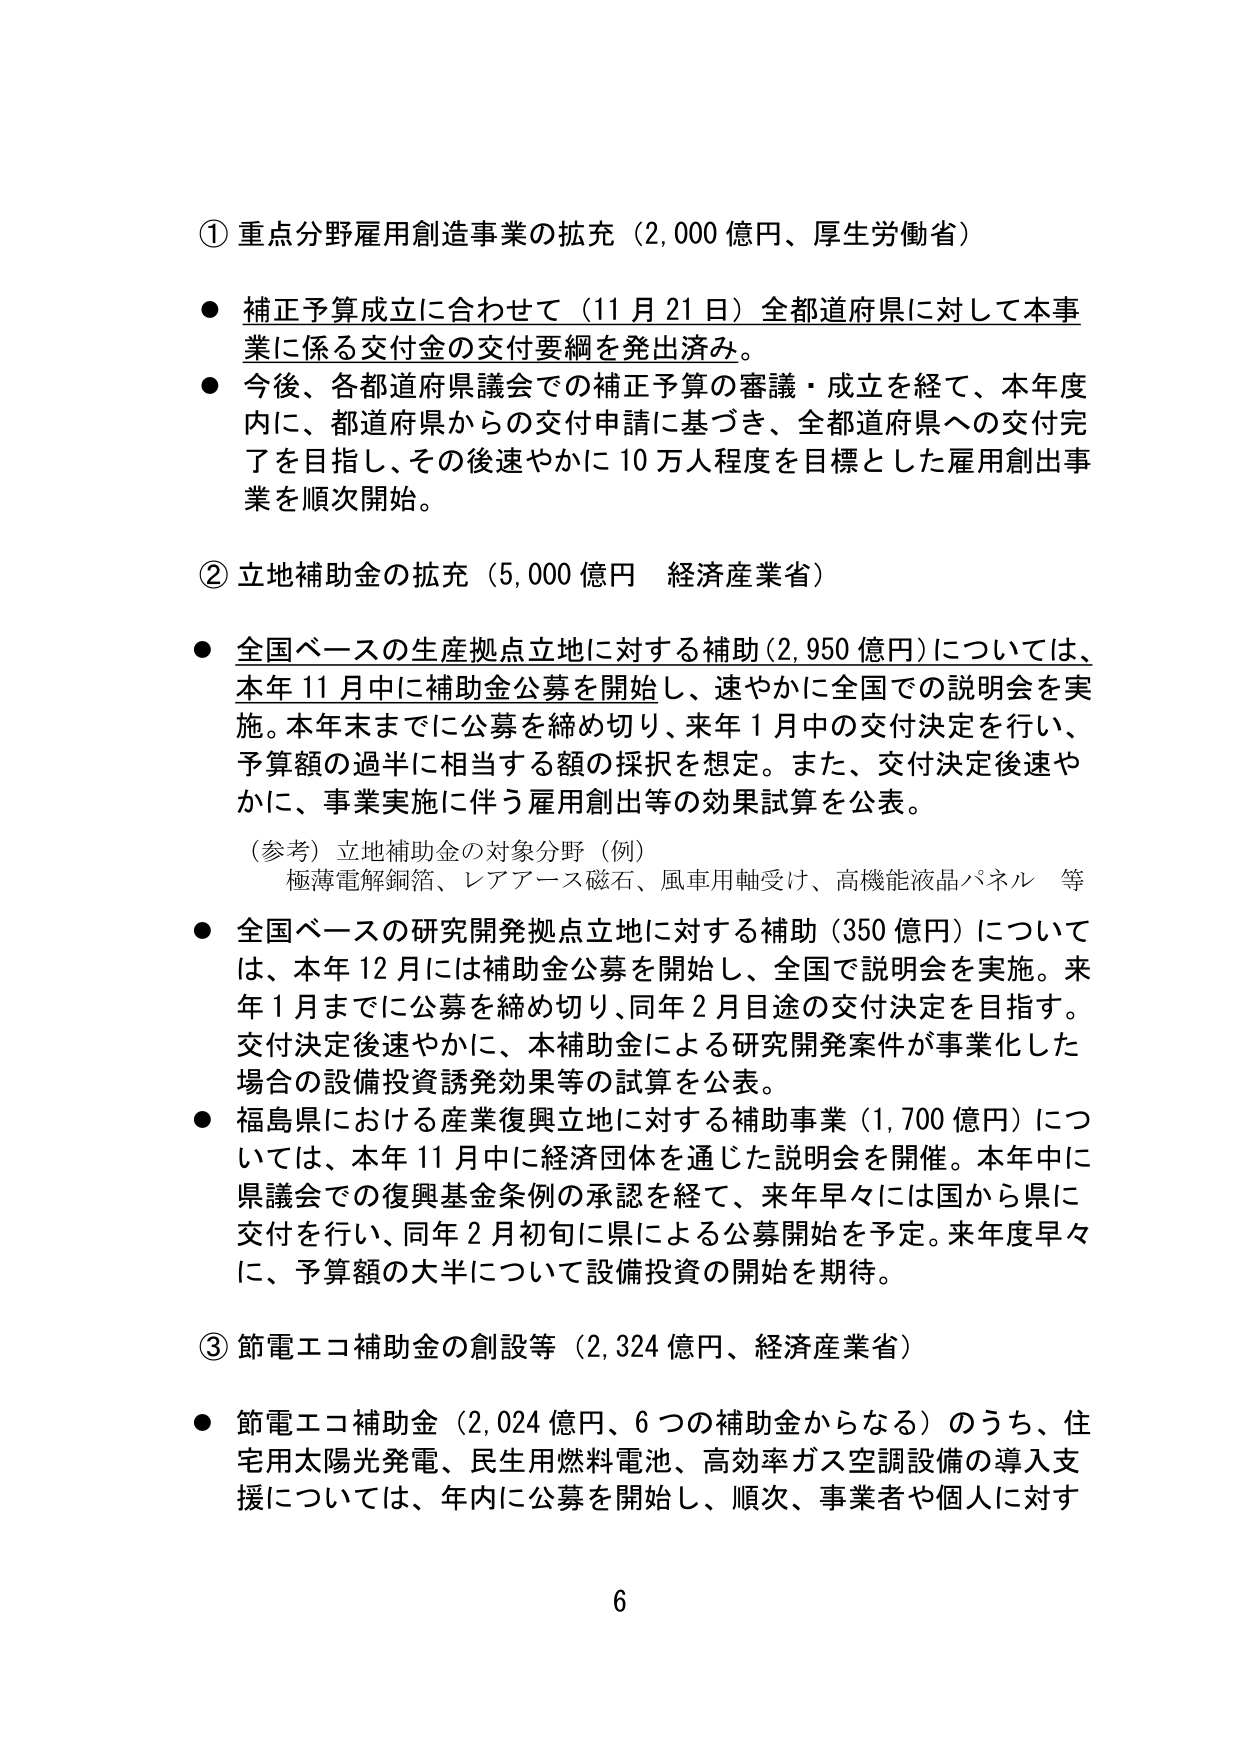
① 重点分野雇用創造事業の拡充（2,000 億円、厚生労働省）

● 補正予算成立に合わせて（11月21日）全都道府県に対して本事業に係る交付金の交付要綱を発出済み。

● 今後、各都道府県議会での補正予算の審議・成立を経て、本年度内に、都道府県からの交付申請に基づき、全都道府県への交付完了を目指し、その後速やかに10万人程度を目標とした雇用創出事業を順次開始。

② 立地補助金の拡充（5,000 億円 経済産業省）

● 全国ベースの生産拠点立地に対する補助（2,950 億円）については、本年11月中に補助金公募を開始し、速やかに全国での説明会を実施。本年末までに公募を締め切り、来年1月中の交付決定を行い、予算額の過半に相当する額の採択を想定。また、交付決定後速やかに、事業実施に伴う雇用創出等の効果試算を公表。

（参考）立地補助金の対象分野（例）
極薄電解銅箔、レアアース磁石、風車用軸受け、高機能液晶パネル 等

● 全国ベースの研究開発拠点立地に対する補助（350 億円）については、本年12月には補助金公募を開始し、全国で説明会を実施。来年1月までに公募を締め切り、同年2月目途の交付決定を目指す。交付決定後速やかに、本補助金による研究開発案件が事業化した場合の設備投資誘発効果等の試算を公表。

● 福島県における産業復興立地に対する補助事業（1,700 億円）については、本年11月中に経済団体を通じた説明会を開催。本年中に県議会での復興基金条例の承認を経て、来年早々には国から県に交付を行い、同年2月初旬に県による公募開始を予定。来年度早々に、予算額の大半について設備投資の開始を期待。

③ 節電エコ補助金の創設等（2,324 億円、経済産業省）

● 節電エコ補助金（2,024 億円、6つの補助金からなる）のうち、住宅用太陽光発電、民生用燃料電池、高効率ガス空調設備の導入支援については、年内に公募を開始し、順次、事業者や個人に対す

6